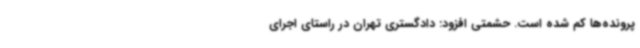
پرونده‌ها کم شده است. حشمتی افزود: دادگستری تهران در راستای اجرای